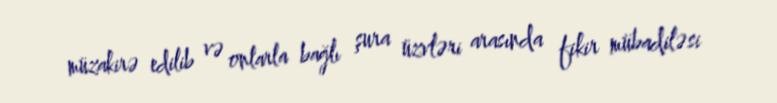
müzakirə edilib və onlarla bağlı şura üzvləri arasında fikir mübadiləsi